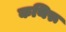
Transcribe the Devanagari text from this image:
कथिरू